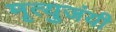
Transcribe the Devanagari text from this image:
मृत्युजंयी